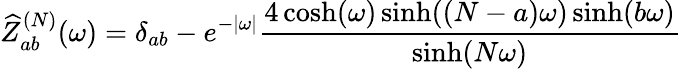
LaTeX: \widehat{Z}_{ab}^{(N)}(\omega)=\delta_{ab}-e^{-|\omega|}\frac{4\cosh(\omega)\sinh((N-a)\omega)\sinh(b\omega)}{\sinh(N\omega)}